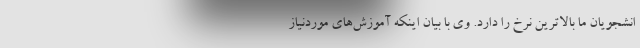
انشجویان ما بالاترین نرخ را دارد. وی با بیان اینکه آموزش‌های موردنیاز